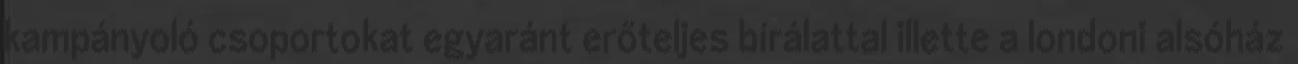
kampányoló csoportokat egyaránt erőteljes bírálattal illette a londoni alsóház